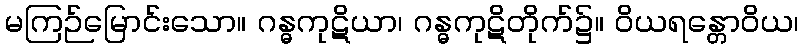
မကြဉ်မြောင်းသော။ ဂန္ဓကုဋိယာ၊ ဂန္ဓကုဋိတိုက်၌။ ဝိယရန္တောဝိယ၊